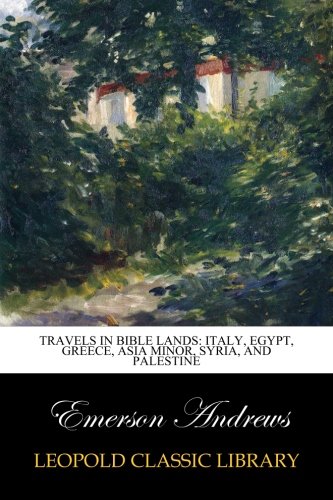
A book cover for Travels in Bible lands: Italy, Egypt, Greece, Asia Minor, Syria, and Palestine; Emerson Andrews; Travel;